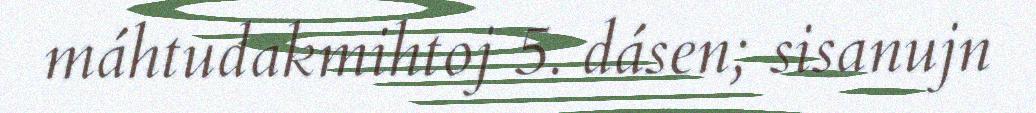
máhtudakmihtoj 5. dásen; sisanujn